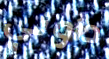
داوني